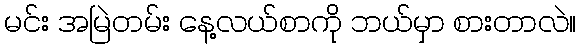
မင်း အမြဲတမ်း နေ့လယ်စာကို ဘယ်မှာ စားတာလဲ။